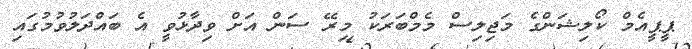
ޕީޕީއެމް ކޯލިޝަންގެ މަޖިލިސް މެމްބަރަކު މިރޭ ސަން އަށް ވިދާޅުވީ އެ ބައްދަލުވުމުގައި